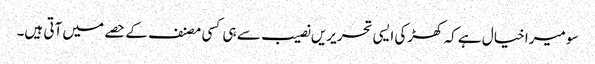
سو میرا خیال ہے کہ کھڑکی ایسی تحریریں نصیب سے ہی کسی مصنف کے حصے میں آتی ہیں۔